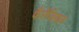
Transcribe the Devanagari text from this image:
फैरेंजियल